Vaccine operations Central Provinces & Berar 1922-1929 - 1922-1929
Year: 1922
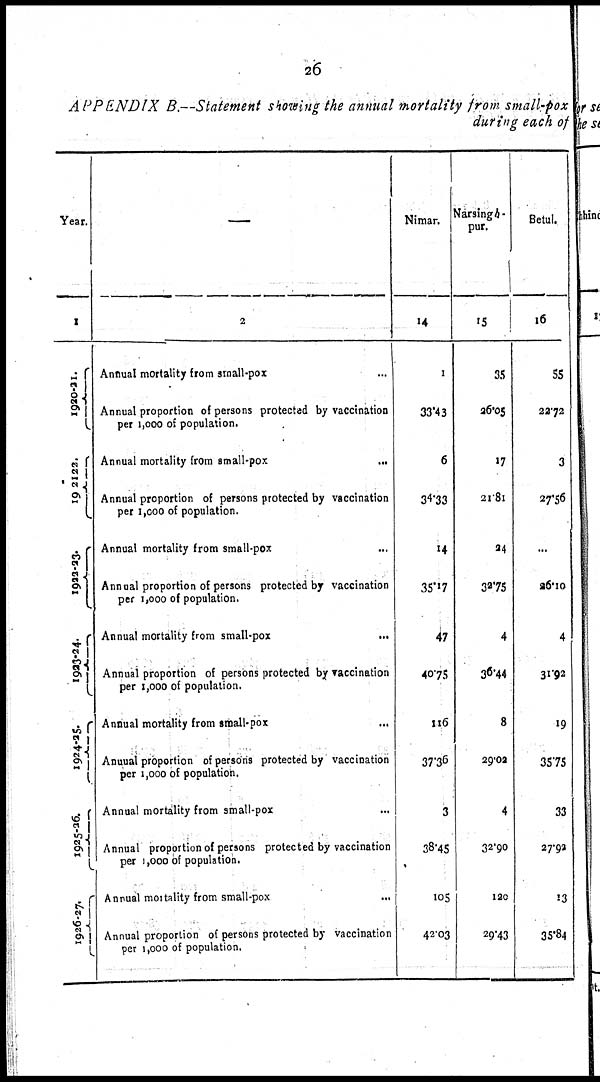
26
APPENDIX B.—Statement showing the annual mortality from small-pox
during each of
Year.
1
1920-21.
1921-22.
1922-23.
1923-24.
1924-25.
1925-26.
1926-27.
—
2
Annual mortality from small-pox ...
Annual proportion of persons protected by vaccination
per 1,000 of population.
Annual mortality from small-pox
...
Annual proportion of persons protected by vaccination
per 1,000 of population.
Annual mortality from small-pox ...
Annual proportion of persons protected by vaccination
per 1,000 of population.
Annual mortality from small-pox
...
Annual proportion of persons protected by vaccination
per 1,000 of population.
Annual mortality from small-pox ...
Annual proportion of persons protected by vaccination
per 1,000 of population.
Annual mortality from small-pox ...
Annual proportion of persons protected by vaccination
per 1,000 of population.
Annual mortality from small-pox ...
Annual proportion of persons protected by vaccination
per 1,000 of population.
Nimar.
14
1
33.43
6
34.33
14
35.17
47
40.75
116
37.36
3
38.45
105
42.03
Narsingh¬
pur.
15
35
26.05
17
21.81
24
32.75
4
36.44
8
29.02
4
32.90
120
29.43
Betul.
16
55
22.72
3
27.56
...
26.10
4
31.92
19
35.75
33
27.92
13
35.84